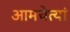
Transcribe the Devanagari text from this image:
आमचेत्यां